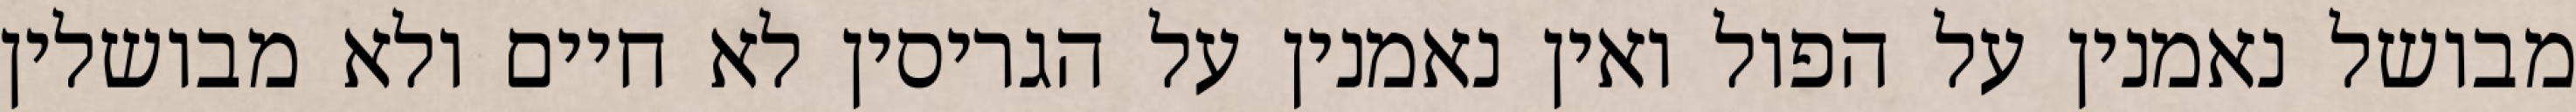
מבושל נאמנין על הפול ואין נאמנין על הגריסין לא חיים ולא מבושלין